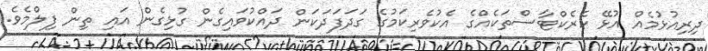
ދިރިއުޅުމެއް އުޅޭ ކެރެކްޓާސްތަކެއްގެ އެކުވެރިކަމުގެ ގަދަފަދަކަން ދައްކުވައިގެން ގުޅިގެން އައި ތިން ފިލްމެވެ.